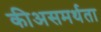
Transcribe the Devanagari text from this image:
कीअसमर्थता